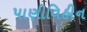
પાણીવિહીન